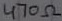
Text: 470Ω